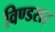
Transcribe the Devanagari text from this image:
विण्डसर